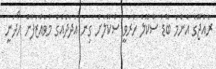
ރާއްޖޭގެ އެންމެ ބޮޑު ސްކޫލް ހުރަވީ ސްކޫލަށް ގިނަ އަދަދެއްގެ މުވައްޒަފުން ހޯދަނީ